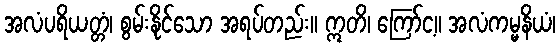
အလံပရိယတ္တံ၊ စွမ်းနိုင်သော အရပ်တည်း။ ဣတိ၊ ကြော်င့။ အလံကမ္မနိယံ၊